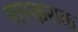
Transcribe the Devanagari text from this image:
भास्कराक